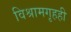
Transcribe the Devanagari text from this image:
विश्रामगृहही